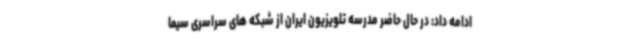
ادامه داد: در حال حاضر مدرسه تلویزیون ایران از شبکه های سراسری سیما